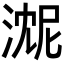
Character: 𬈓